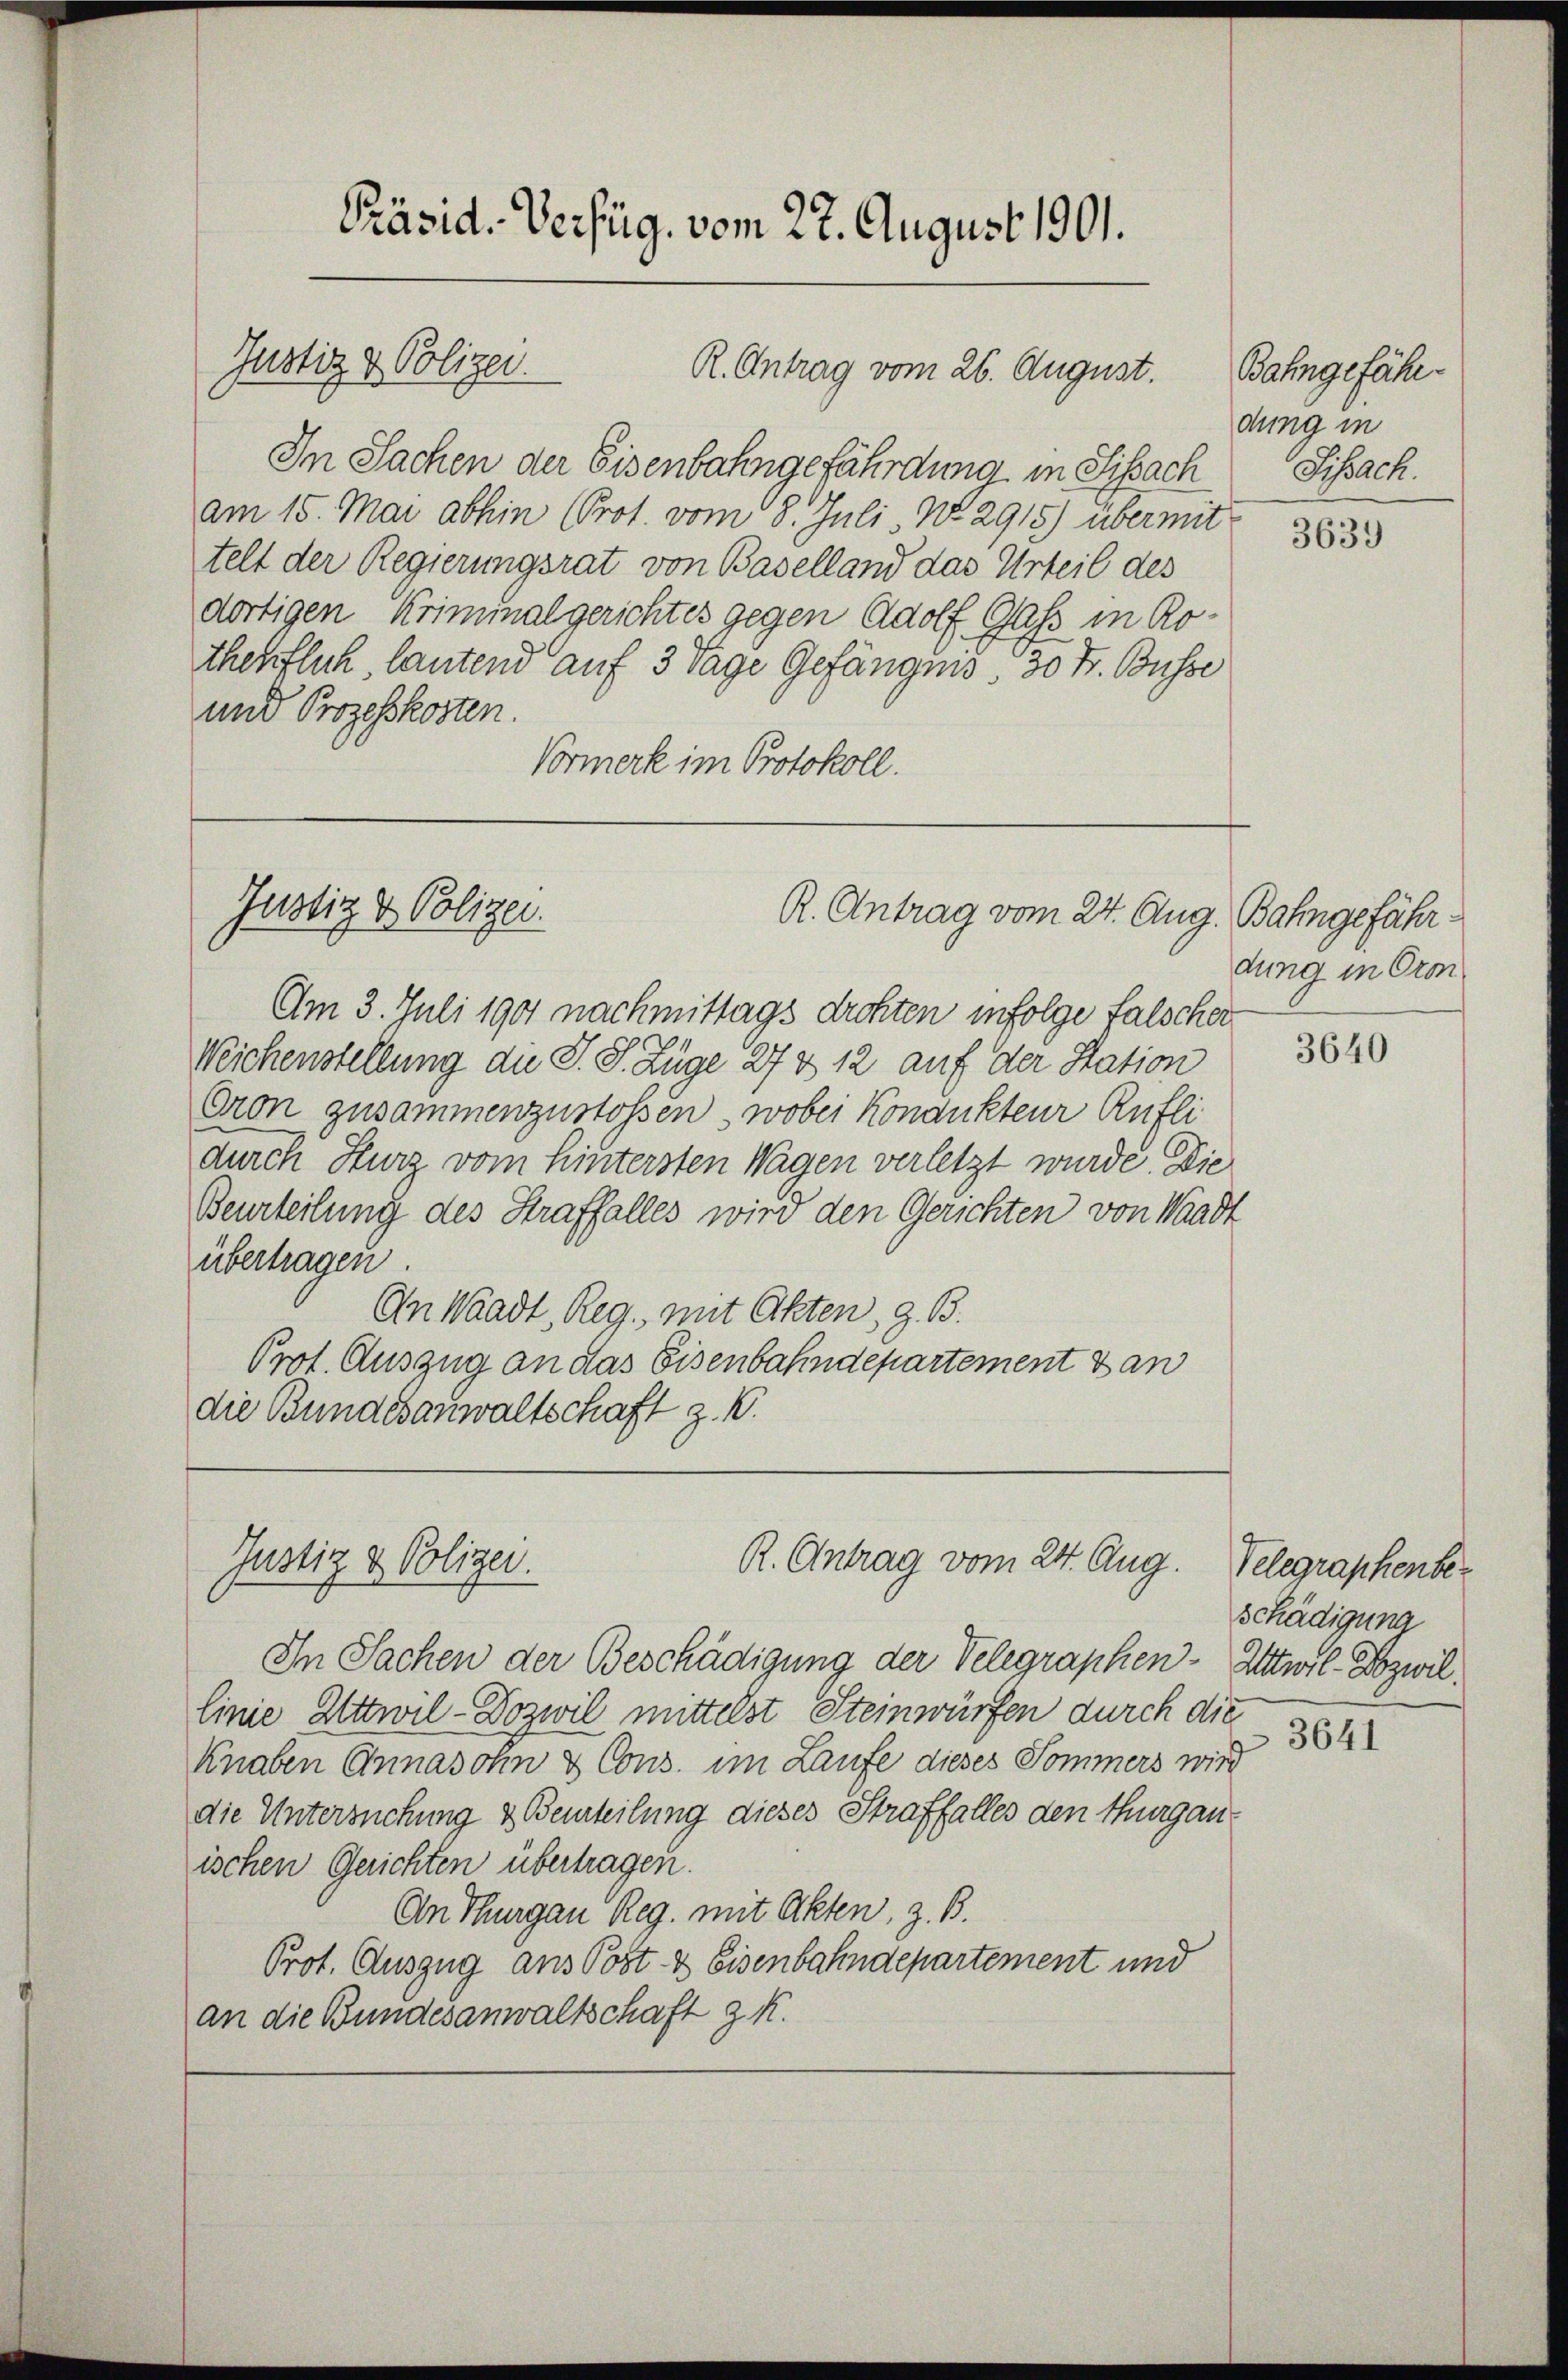
In Sachen der Eisenbahngefährdung in Sissach
am 15. Mai abhin (Prot. vom 8. Juli, No. 2915) übermit
telt der Regierungsrat von Baselland das Urteil des
dortigen Kriminalgerichtes gegen Adolf Gass in Rothefflich, lautend auf 3 Tage Gefängnis 30 Fr. Busse
und Prozesskosten.
Vormerk im Protokoll.

Justiz & Polizei.

Präsid. Verfüg. vom 22. August 1901.
Justiz & Polizei.
d
R. Antrag vom 26. August.

R. Antrag vom 24. Aug. Bahngefähr¬

Am 3. Juli 1901 nachmittags drohten infolge falschen
Michenstellung die S. S. Lüge 27 & 12 auf der Station
Oron zusammenzustossen, wobei Konankteur Rufli
durch Hurz vom Hintersten Wagen verletzt wurde. Die
Beurteilung des Straffalles wird den Gerichten von Waadt
übertragen.
An Waadt, Reg. mit Akten, z. B.
Prot. Auszug an das Eisenbahndepartement dan
die Bundesanwaltschaft z. B.

Justiz & Polizei.
R. Antrag vom 24. Aug.

Bahngefährdung in
Schach.

In Sachen der Beschädigung der Telegraphen-Attwil-Bozwil.
linie Attwil-Dozwil mittelst Steinwürfen durch die
Knaben Annasohn & Cons. im Laufe dieses Sommers wird
die Untersuchung & Beurteilung dieses Straffalles den Thurgau-
ischen Gerichten übertragen.
An Thurgau Reg. mit Akten, z. B.
Prot. Auszug ans Post & Eisenbahndepartement und
an die Bundesanwaltschaft z. K.

3639

dung in Orm

3640

Velegraphenber
schädigung

3641